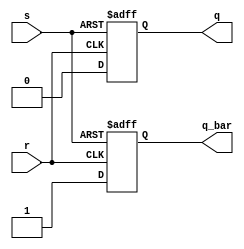
module sr_flipflop (
    input s, // Set input
    input r, // Reset input
    output reg q, // Output Q
    output reg q_bar // Output Q_bar
);

always @ (posedge s or posedge r)
begin
    if (s)
    begin
        q <= 1;
        q_bar <= 0;
    end
    else if (r)
    begin
        q <= 0;
        q_bar <= 1;
    end
end

endmodule